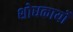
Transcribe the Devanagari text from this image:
शोधकार्यो